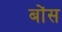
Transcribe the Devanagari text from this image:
बोंस